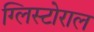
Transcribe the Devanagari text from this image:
ग्लिस्टोराल